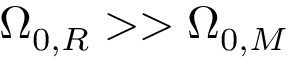
\Omega _ { 0 , R } > > \Omega _ { 0 , M }